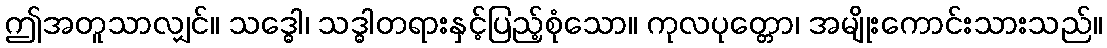
ဤအတူသာလျှင်။ သဒ္ဓေါ၊ သဒ္ဓါတရားနှင့်ပြည့်စုံသော။ ကုလပုတ္တော၊ အမျိုးကောင်းသားသည်။